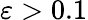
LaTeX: \varepsilon>0.1